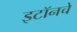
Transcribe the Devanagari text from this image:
इटॉनचे